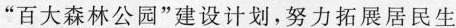
”百大森林公园”建设计划，努力拓展居民生